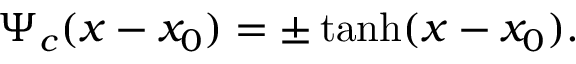
\Psi _ { c } ( x - x _ { 0 } ) = \pm \operatorname { t a n h } ( x - x _ { 0 } ) .